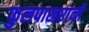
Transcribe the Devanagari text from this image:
फुलपाखरांनी